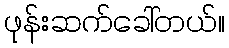
ဖုန်းဆက်ခေါ်တယ်။